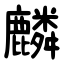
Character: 麟